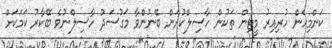
ކަންމިހެން ހުރިއިރު މީޓިން ތަކުން ހާސިލްކުރަން ބޭނުންވާ މަގުސަދު ހާސިލްނުވެ ބޭކާރު ކަމަކަށް